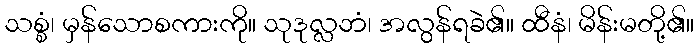
သစ္စံ၊ မှန်သောစကားကို။ သုဒုလ္လဘံ၊ အလွန်ရခဲ၏။ ထီနံ၊ မိန်းမတို့၏။